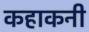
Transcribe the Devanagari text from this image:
कहाकनी